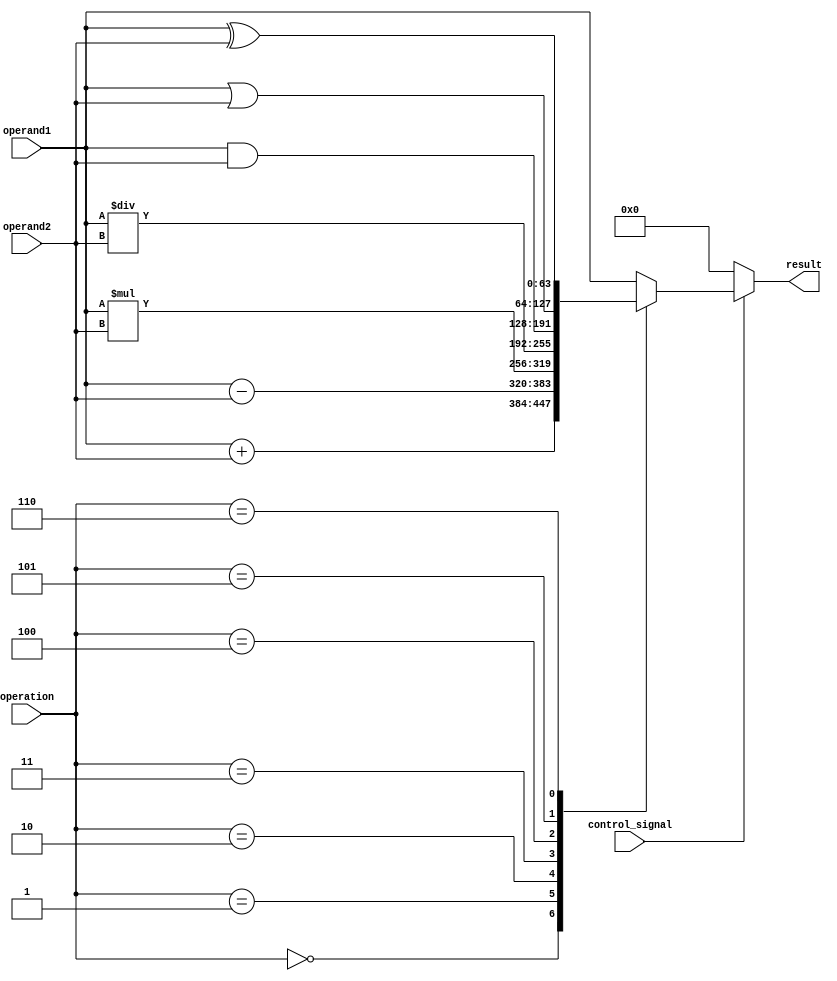
module ALU (
    input [63:0] operand1,
    input [63:0] operand2,
    input [2:0] operation,
    input control_signal,
    output reg [63:0] result
);

reg [63:0] temp_result;

always @ (control_signal or operation) begin
    case (operation)
        3'b000: temp_result = operand1 + operand2; // Addition
        3'b001: temp_result = operand1 - operand2; // Subtraction
        3'b010: temp_result = operand1 * operand2; // Multiplication
        3'b011: temp_result = operand1 / operand2; // Division
        3'b100: temp_result = operand1 & operand2; // Bitwise AND
        3'b101: temp_result = operand1 | operand2; // Bitwise OR
        3'b110: temp_result = operand1 ^ operand2; // Bitwise XOR
        default: temp_result = operand1; // Default case
    endcase
end

always @ (*) begin
    if (control_signal) begin
        result = temp_result;
    end else begin
        result = 64'b0; // Output is zero if control signal is not enabled
    end
end

endmodule